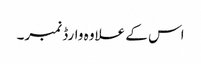
اس کے علاوہ وارڈ نمبر۔